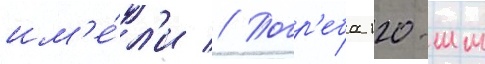
им'е́л'и // Погр'еба 120-мм